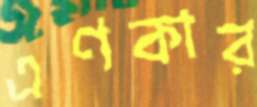
এণকার